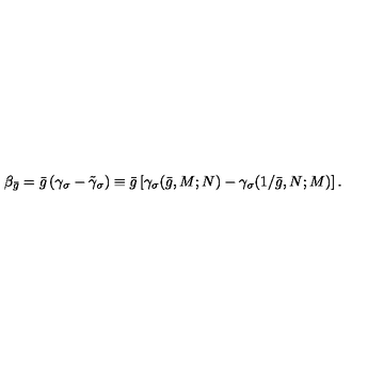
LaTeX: \beta _ { \bar { g } } = \bar { g } \left( \gamma _ { \sigma } - \tilde { \gamma } _ { \sigma } \right) \equiv \bar { g } \left[ \gamma _ { \sigma } ( \bar { g } , M ; N ) - \gamma _ { \sigma } ( 1 / \bar { g } , N ; M ) \right] .